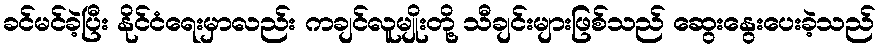
ခင်မင်ခဲ့ပြီး နိုင်ငံရေးမှာလည်း ကချင်လူမျိုးတို့ သီချင်းများဖြစ်သည် ဆွေးနွေးပေးခဲ့သည်